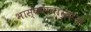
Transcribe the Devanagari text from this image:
भास्कराचार्याना